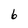
Character: 6